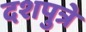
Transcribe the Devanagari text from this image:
दशपुत्रे